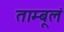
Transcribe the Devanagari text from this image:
ताम्बूलं